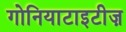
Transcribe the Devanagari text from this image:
गोनियाटाइटीज़